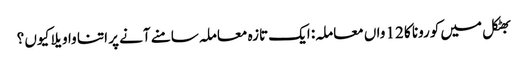
بھٹکل میں کورونا کا 12 واں معاملہ: ایک تازہ معاملہ سامنے آنے پر اتنا واویلا کیوں ؟